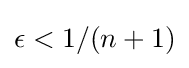
\epsilon <1/(n+1)